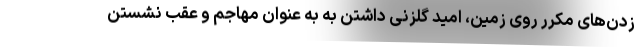
زدن‌های مکرر روی زمین، امید گلزنی داشتن به به عنوان مهاجم و عقب نشستن